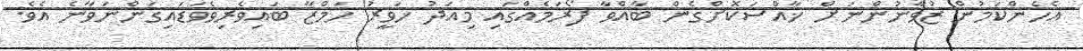
އެހެންކަމުން ޒުވާނުންނަށް ޚާއްސަކޮށްގެން ބާއްވާ ފޯރަމެއްގައި މިއަދު ހަވީރު ހަމްޒާ ބައިވެރިވެވަޑައިގަންނަވާނެ އެވެ.